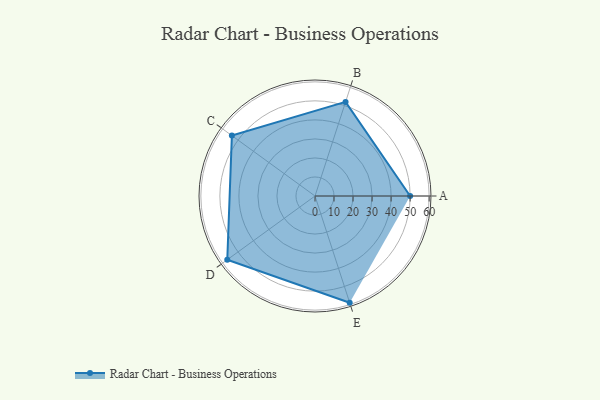
{"axis": {"x": "Skill", "y": "Score"}, "legend": ["Profile"], "data": [{"x": "A", "y": 50.0, "type": "Profile"}, {"x": "B", "y": 52.0, "type": "Profile"}, {"x": "C", "y": 54.0, "type": "Profile"}, {"x": "D", "y": 57.0, "type": "Profile"}, {"x": "E", "y": 59.0, "type": "Profile"}]}